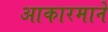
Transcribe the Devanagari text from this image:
आकारमाने